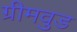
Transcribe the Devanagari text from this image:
ग्रीमवुड